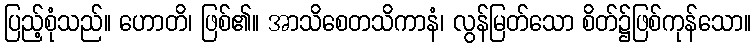
ပြည့်စုံသည်။ ဟောတိ၊ ဖြစ်၏။ အာသိစေတသိကာနံ၊ လွန်မြတ်သော စိတ်၌ဖြစ်ကုန်သော။